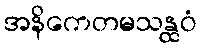
အနိကေတမသန္ထဝံ